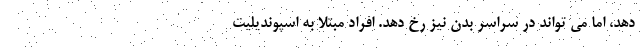
دهد، اما می تواند در سراسر بدن نیز رخ دهد. افراد مبتلا به اسپوندیلیت